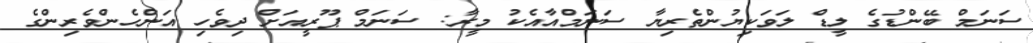
ސަނަމް ބޭންޑުގެ ލީޑް ލަވަކިޔުންތެރިޔާ ސަނަމްއާއެކު މީރާ: ސަނަމް ޕޫރީއަށް ދިވެހި އަންހެންވެރިންގެ